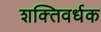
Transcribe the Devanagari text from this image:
शक्‍तिवर्धक